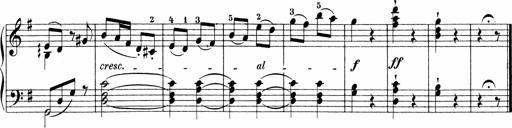
Title: Sonatinen Op.47, 98 und 136, nebst 6 Liedersonatinen
Composer: Carl Reinecke